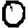
Digit: 0